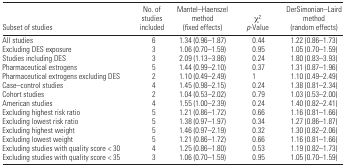
| Subset of studies | No. of studies included | Mantel–Haenszel method (fixed effects) | χ2p-Value | DerSimonian–Laird method (random effects) |
 | --- | --- | --- | --- | --- |
 | All studies | 6 | 1.34 (0.96–1.87) | 0.44 | 1.22 (0.86–1.73) |
 | Excluding DES exposure | 3 | 1.06 (0.70–1.59) | 0.95 | 1.05 (0.70–1.59) |
 | Studies including DES | 3 | 2.09 (1.13–3.86) | 0.24 | 1.80 (0.83–3.93) |
 | Pharmaceutical estrogens | 5 | 1.44 (0.99–2.10) | 0.37 | 1.31 (0.87–1.96) |
 | Pharmaceutical extrogens excluding DES | 2 | 1.10 (0.49–2.49) | 1 | 1.10 (0.49–2.49) |
 | Case–control studies | 4 | 1.45 (0.98–2.15) | 0.24 | 1.38 (0.81–2.34) |
 | Cohort studies | 2 | 1.04 (0.53–2.02) | 0.79 | 1.03 (0.53–2.00) |
 | American studies | 4 | 1.55 (1.00–2.39) | 0.24 | 1.40 (0.82–2.41) |
 | Excluding highest risk ratio | 5 | 1.21 (0.86–1.72) | 0.66 | 1.16 (0.81–1.66) |
 | Excluding lowest risk ratio | 5 | 1.38 (0.97–1.97) | 0.34 | 1.27 (0.86–1.87) |
 | Excluding highest weight | 5 | 1.46 (0.97–2.19) | 0.32 | 1.30 (0.82–2.06) |
 | Excluding lowest weight | 5 | 1.21 (0.86–1.72) | 0.66 | 1.16 (0.81–1.66) |
 | Excluding studies with quality score < 30 | 4 | 1.25 (0.86–1.80) | 0.53 | 1.19 (0.82–1.73) |
 | Excluding studies with quality score < 35 | 3 | 1.06 (0.70–1.59) | 0.95 | 1.05 (0.70–1.59) |